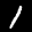
Label: 1